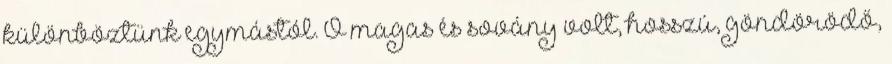
különböztünk egymástól. Ő magas és sovány volt, hosszú, göndörödő,